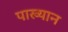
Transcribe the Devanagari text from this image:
पाख्यान